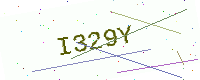
Text: I329Y